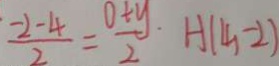
\frac { \cdot - 2 - 4 } { 2 } = \frac { 0 + y } { 2 } \cdot H ( 4 , - 2 )